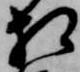
相